Problem: 29 + 44 = ?
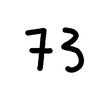
Handwritten answer: 73